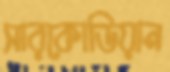
সারকোডিয়ান